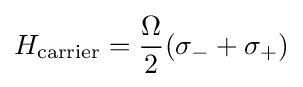
H_{\rm {carrier}}={\frac {\Omega }{2}}(\sigma _{-}+\sigma _{+})